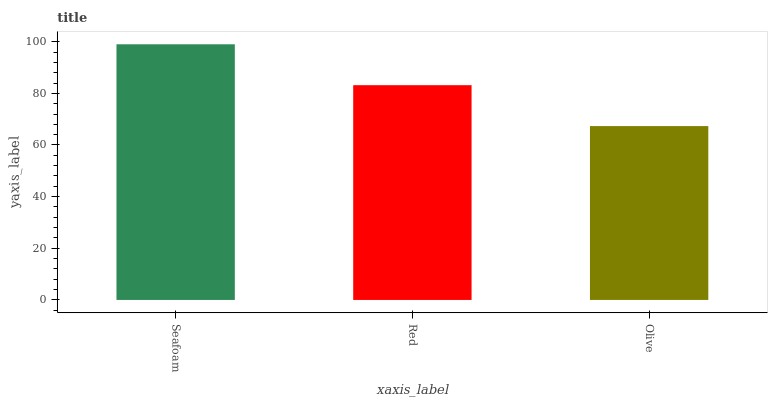
| xaxis_label | bars |
 | --- | --- |
 | Seafoam | 99 |
 | Red | 83.2 |
 | Olive | 67.3 |